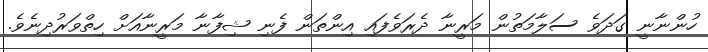
ހުންނާނީ ގަދަވެ ސަލާމަތުން މަރީނާ ދެރަވެފައި އިންތަން ފެނި ޝިފާނާ މަރީނާއަށް ހިތްވަރުދިނެވެ.